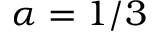
\alpha = 1 / 3